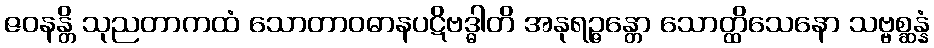
ဇဝနန္တိ သုညတာကထံ သောတာဝဓာနပဋိဗဒ္ဓါတိ အနုရဉ္ဇန္တော သောတ္ထိသေနော သဗ္ဗစ္ဆန္နံ